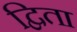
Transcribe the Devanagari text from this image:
द्विता